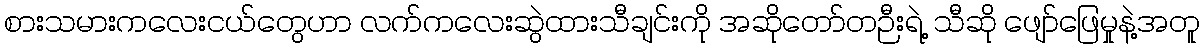
စားသမားကလေးငယ်တွေဟာ လက်ကလေးဆွဲထားသီချင်းကို အဆိုတော်တဉီးရဲ့ သီဆို ဖျော်ဖြေမှုနဲ့အတူ